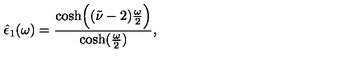
\hat { \epsilon } _ { 1 } ( \omega ) = { \frac { \cosh \Bigl ( ( \tilde { \nu } - 2 ) { \frac { \omega } { 2 } } \Bigr ) } { \cosh ( { \frac { \omega } { 2 } } ) } } ,